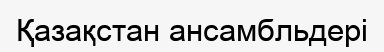
Қазақстан ансамбльдері